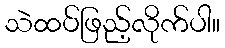
သဲထပ်ဖြည့်လိုက်ပါ။